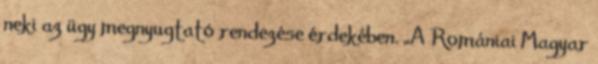
neki az ügy megnyugtató rendezése érdekében. „A Romániai Magyar